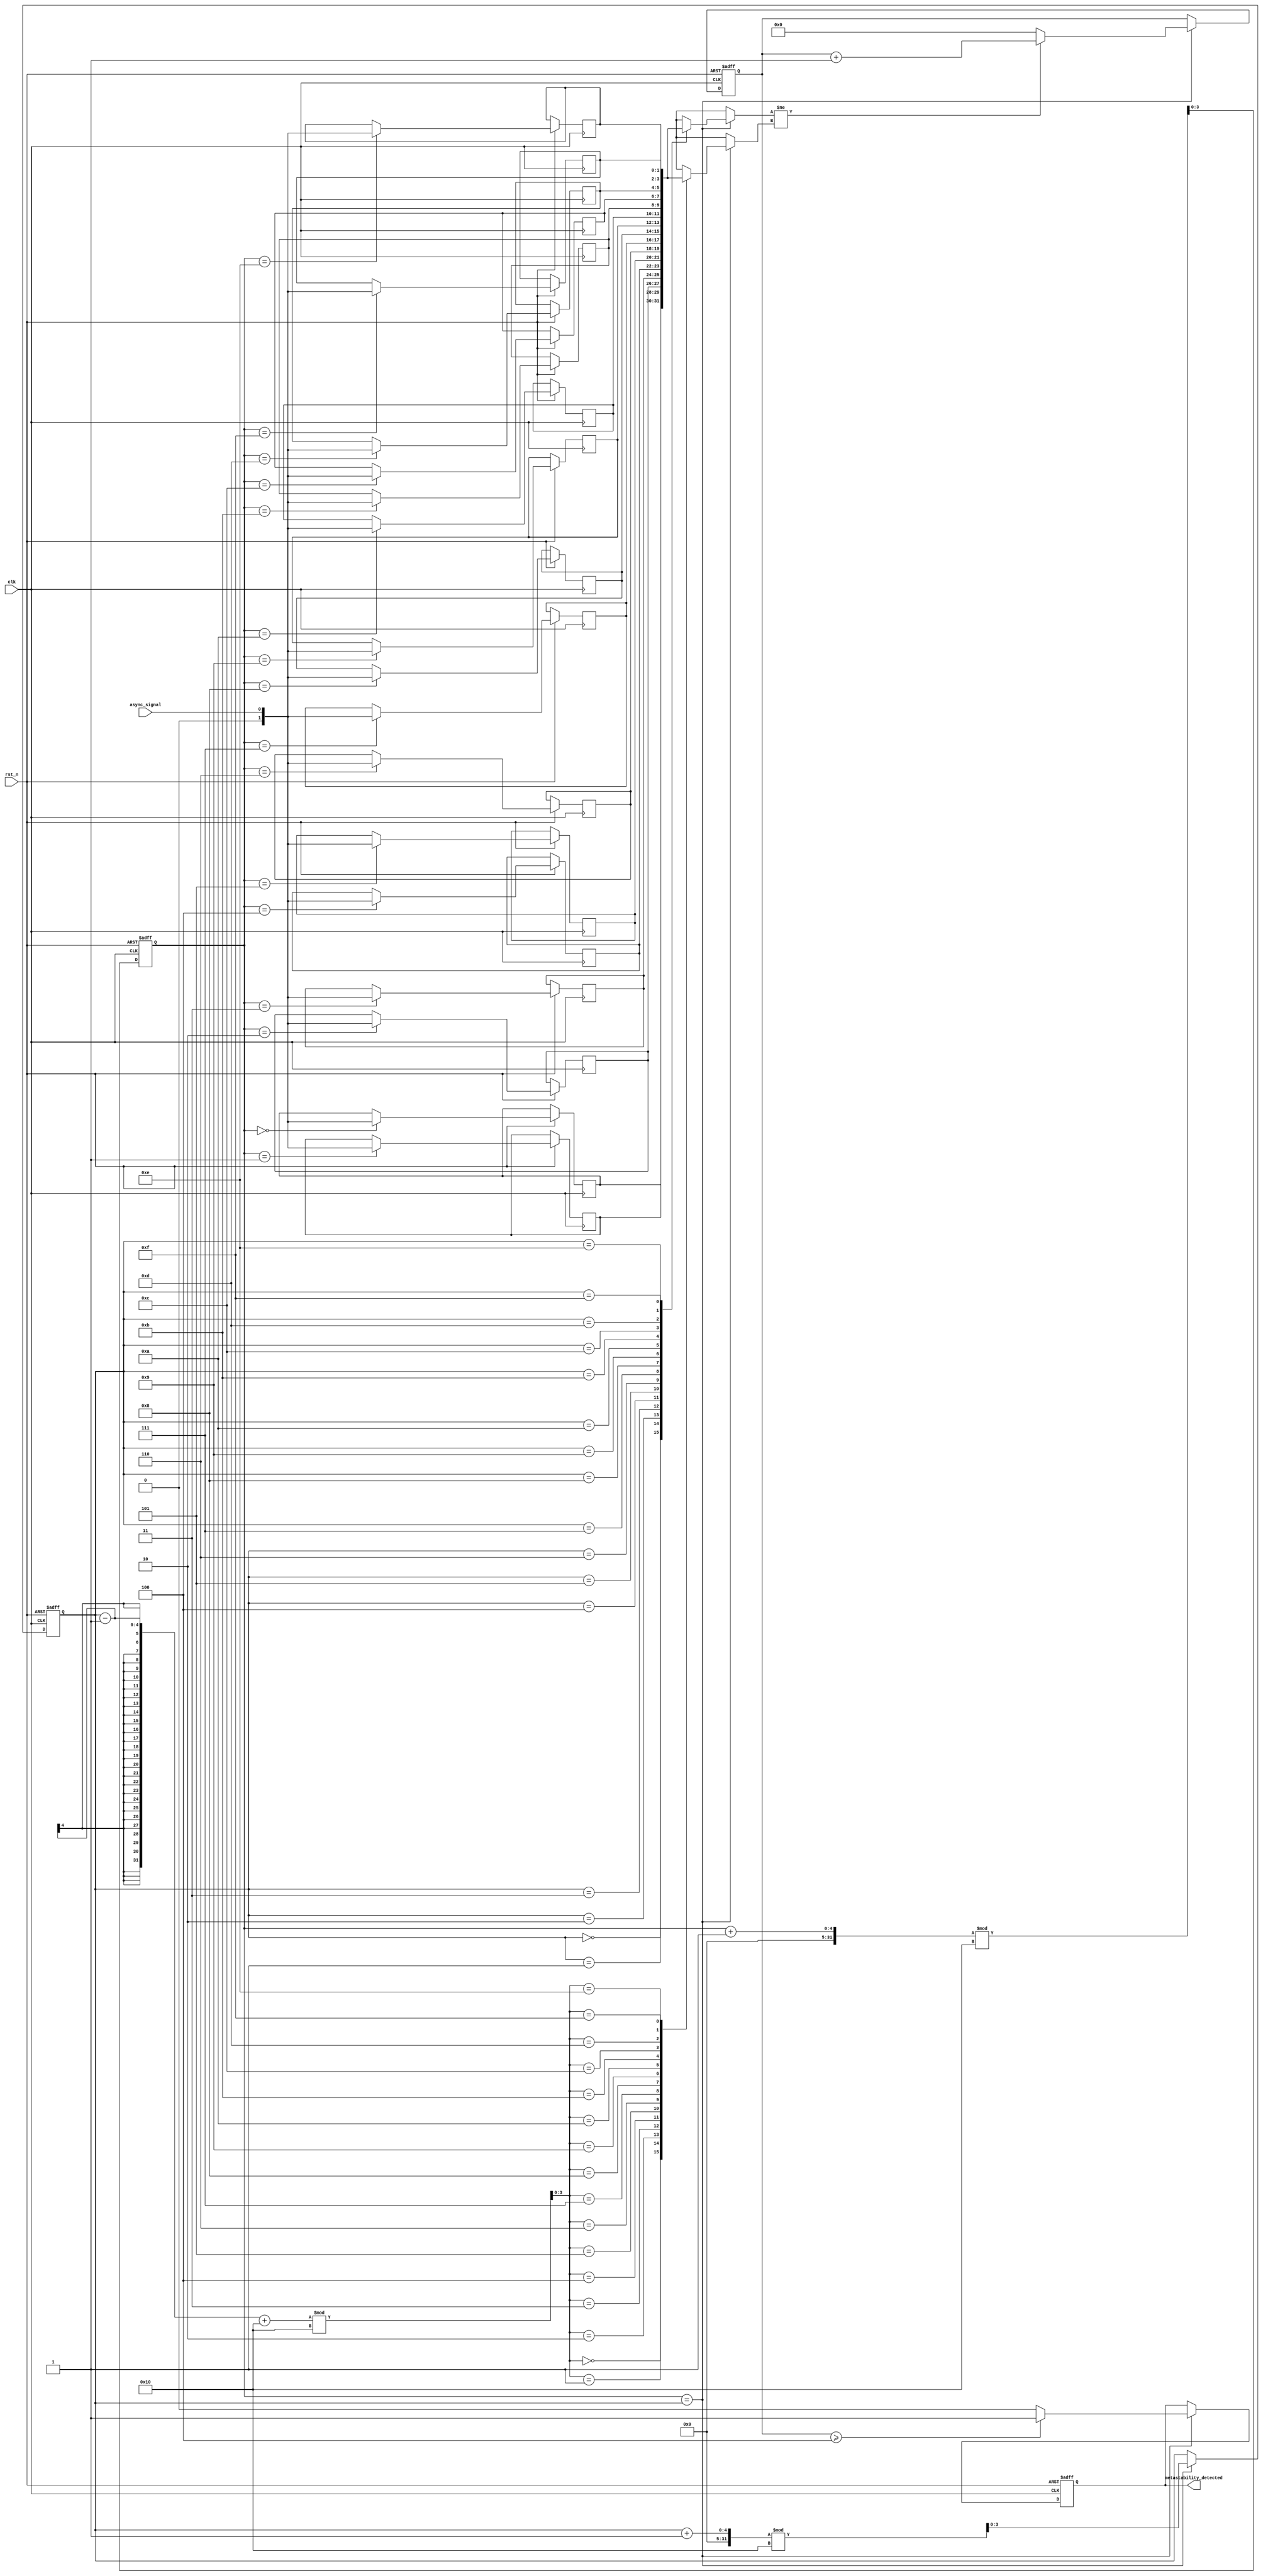
module metastability_detector (
    input wire clk,                // Sampling clock
    input wire rst_n,              // Active low reset
    input wire async_signal,       // Asynchronous input signal
    output reg metastability_detected // Output signal indicating metastability
);

// Parameters
parameter MEMORY_SIZE = 16;      // Size of the memory block
parameter THRESHOLD = 4;          // Transition threshold for metastability detection

// Memory block to store sampled values
reg [1:0] memory [0:MEMORY_SIZE-1]; // 2-bit memory for storing sampled values
reg [$clog2(MEMORY_SIZE)-1:0] write_pointer; // Pointer for writing to memory
reg [$clog2(MEMORY_SIZE)-1:0] read_pointer;  // Pointer for reading from memory
reg [3:0] transition_count;       // Counter for transitions

// Sampling mechanism
always @(posedge clk or negedge rst_n) begin
    if (!rst_n) begin
        write_pointer <= 0;
        read_pointer <= 0;
        transition_count <= 0;
        metastability_detected <= 0;
    end else begin
        // Sample the asynchronous signal
        memory[write_pointer] <= async_signal;

        // Increment write pointer
        write_pointer <= (write_pointer + 1) % MEMORY_SIZE;

        // Randomly select a sample for metastability detection
        if (write_pointer == read_pointer) begin
            // Compare the current sample with the previous sample
            if (memory[read_pointer] != memory[(read_pointer - 1 + MEMORY_SIZE) % MEMORY_SIZE]) begin
                transition_count <= transition_count + 1;
            end else begin
                transition_count <= 0; // Reset on stable state
            end

            // Check for metastability based on transition count
            if (transition_count >= THRESHOLD) begin
                metastability_detected <= 1; // Indicate metastability detected
            end else begin
                metastability_detected <= 0; // Clear metastability indication
            end

            // Increment read pointer
            read_pointer <= (read_pointer + 1) % MEMORY_SIZE;
        end
    end
end

endmodule